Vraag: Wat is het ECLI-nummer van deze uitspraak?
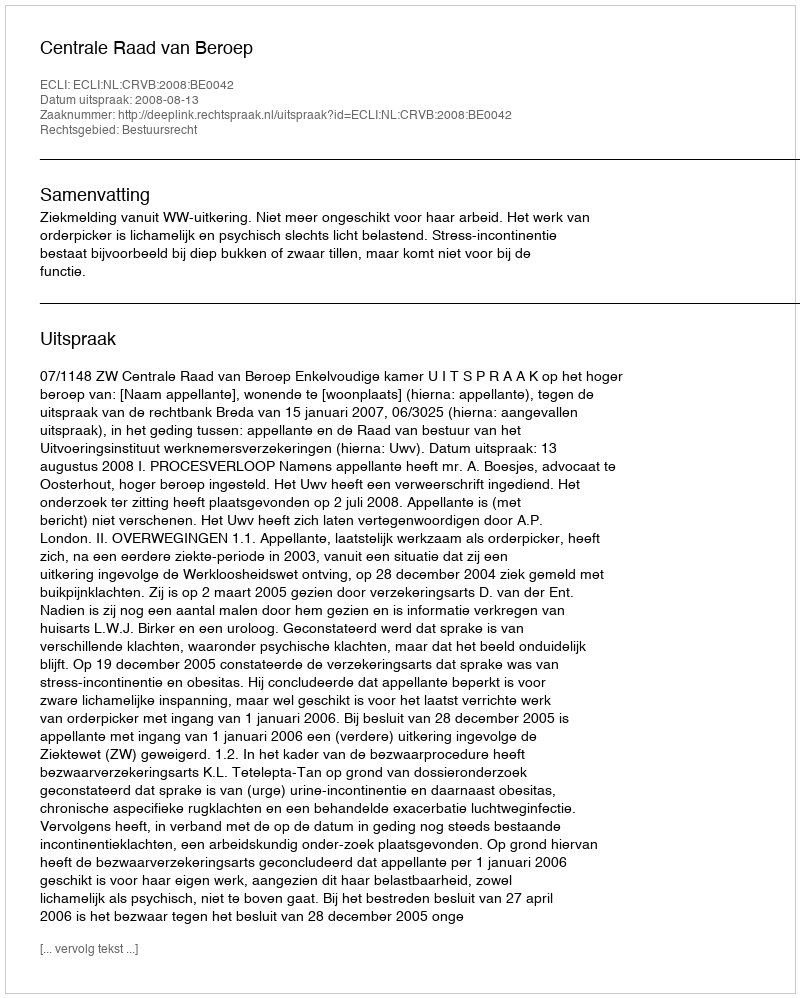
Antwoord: ECLI:NL:CRVB:2008:BE0042